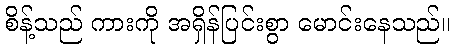
စိန့်သည် ကားကို အရှိန်ပြင်းစွာ မောင်းနေသည်။